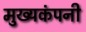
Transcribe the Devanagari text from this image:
मुख्यकंपनी